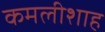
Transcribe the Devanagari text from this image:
कमलीशाह